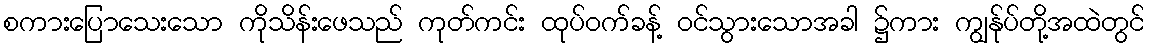
စကားပြောသေးသော ကိုသိန်းဖေသည် ကုတ်ကင်း ထုပ်ဝက်ခန့် ဝင်သွားသောအခါ ၌ကား ကျွန်ုပ်တို့အထဲတွင်